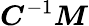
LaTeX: {\boldsymbol{C}}^{-1}{\boldsymbol{M}}